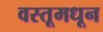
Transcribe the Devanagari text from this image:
वस्तूमधून